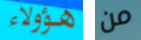
هؤولاء من